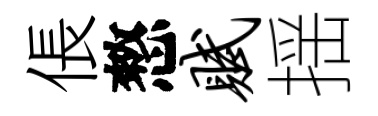
倀憗赋揺